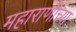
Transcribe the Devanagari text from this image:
महाराणीच्या